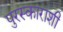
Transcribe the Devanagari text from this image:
पुरस्काराशी